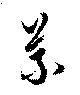
義